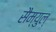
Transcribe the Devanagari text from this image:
सैम्युल्